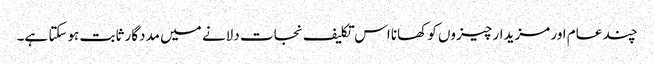
چند عام اور مزیدار چیزوں کو کھانا اس تکلیف نجات دلانے میں مددگار ثابت ہوسکتا ہے۔